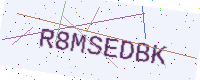
Text: R8MSEDBK